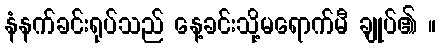
နံနက်ခင်းရုပ်သည် နေ့ခင်းသို့မရောက်မီ ချုပ်၏ ။